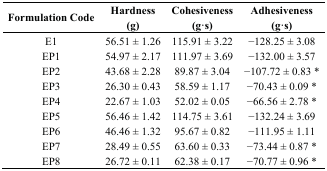
<table><thead><tr><td><b>Formulation Code</b></td><td><b>Hardness (g)</b></td><td><b>Cohesiveness (g·s)</b></td><td><b>Adhesiveness (g·s)</b></td></tr></thead><tbody><tr><td>E1</td><td>56.51 ± 1.26</td><td>115.91 ± 3.22</td><td>−128.25 ± 3.08</td></tr><tr><td>EP1</td><td>54.97 ± 2.17</td><td>111.97 ± 3.69</td><td>−132.00 ± 3.57</td></tr><tr><td>EP2</td><td>43.68 ± 2.28</td><td>89.87 ± 3.04</td><td>−107.72 ± 0.83 *</td></tr><tr><td>EP3</td><td>26.30 ± 0.43</td><td>58.59 ± 1.17</td><td>−70.43 ± 0.09 *</td></tr><tr><td>EP4</td><td>22.67 ± 1.03</td><td>52.02 ± 0.05</td><td>−66.56 ± 2.78 *</td></tr><tr><td>EP5</td><td>56.46 ± 1.42</td><td>114.75 ± 3.61</td><td>−132.24 ± 3.69</td></tr><tr><td>EP6</td><td>46.46 ± 1.32</td><td>95.67 ± 0.82</td><td>−111.95 ± 1.11</td></tr><tr><td>EP7</td><td>28.49 ± 0.55</td><td>63.60 ± 0.33</td><td>−73.44 ± 0.87 *</td></tr><tr><td>EP8</td><td>26.72 ± 0.11</td><td>62.38 ± 0.17</td><td>−70.77 ± 0.96 *</td></tr></tbody></table>